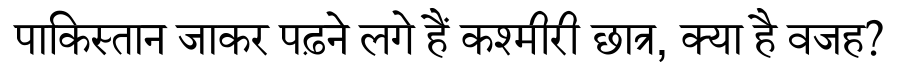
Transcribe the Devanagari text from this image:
पाकिस्तान जाकर पढ़ने लगे हैं कश्मीरी छात्र, क्या है वजह?